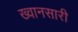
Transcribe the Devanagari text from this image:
ख्वानसारी